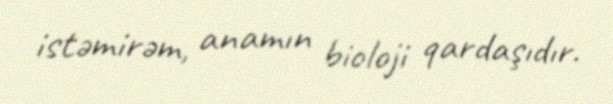
istəmirəm, anamın bioloji qardaşıdır.